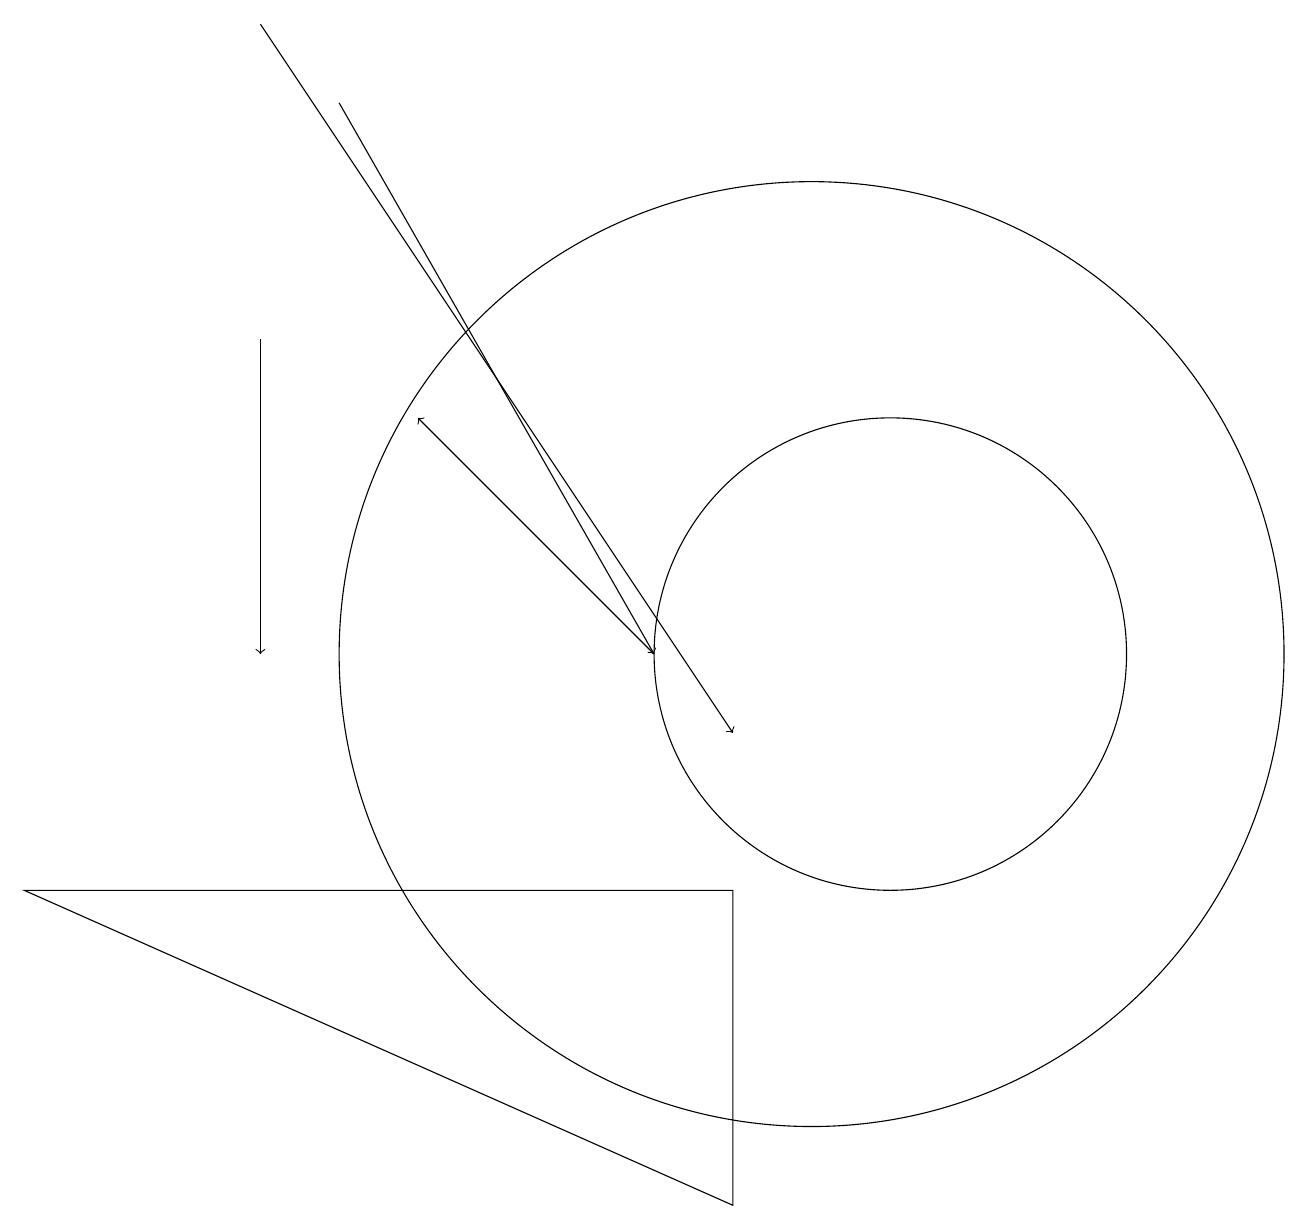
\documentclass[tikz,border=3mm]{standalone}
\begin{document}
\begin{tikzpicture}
\draw[->] (8,11) -- (5,14);
\draw[->] (3,15) -- (3,11);
\draw (10,11) circle (6);
\draw (11,11) circle (3);
\draw[->] (3,19) -- (9,10);
\draw (9,4) -- (0,8) -- (9,8) -- cycle;
\draw[->] (4,18) -- (8,11);
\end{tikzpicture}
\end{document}